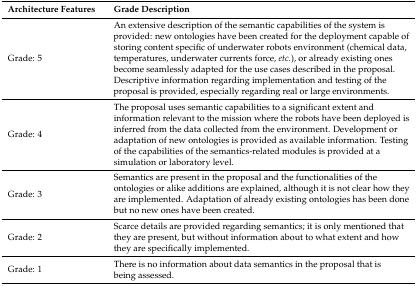
| Architecture Features | Grade Description |
 | --- | --- |
 | Grade: 5 | An extensive description of the semantic capabilities of the system is provided: new ontologies have been created for the deployment capable of storing content specific of underwater robots environment (chemical data, temperatures, underwater currents force, etc.), or already existing ones become seamlessly adapted for the use cases described in the proposal. Descriptive information regarding implementation and testing of the proposal is provided, especially regarding real or large environments. |
 | Grade: 4 | The proposal uses semantic capabilities to a significant extent and information relevant to the mission where the robots have been deployed is inferred from the data collected from the environment. Development or adaptation of new ontologies is provided as available information. Testing of the capabilities of the semantics-related modules is provided at a simulation or laboratory level. |
 | Grade: 3 | Semantics are present in the proposal and the functionalities of the ontologies or alike additions are explained, although it is not clear how they are implemented. Adaptation of already existing ontologies has been done but no new ones have been created. |
 | Grade: 2 | Scarce details are provided regarding semantics; it is only mentioned that they are present, but without information about to what extent and how they are specifically implemented. |
 | Grade: 1 | There is no information about data semantics in the proposal that is being assessed. |